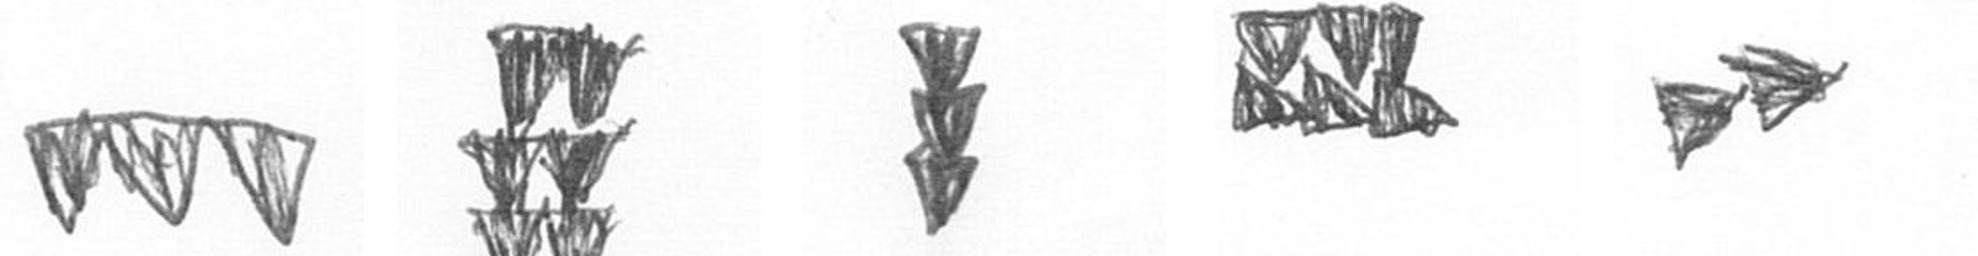
L Y E D A